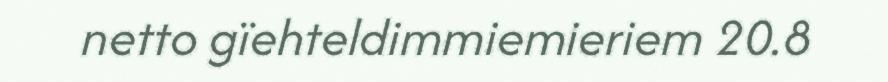
netto gïehteldimmiemieriem 20.8